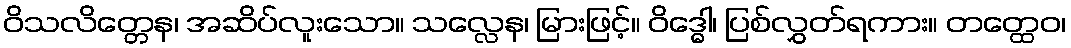
ဝိသလိတ္တေန၊ အဆိပ်လူးသော။ သလ္လေန၊ မြားဖြင့်။ ဝိဒ္ဓေါ၊ ပြစ်လွှတ်ရကား။ တတ္ထေဝ၊